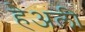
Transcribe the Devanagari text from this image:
हेअली